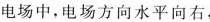
电场中，电场方向水平向右，